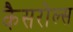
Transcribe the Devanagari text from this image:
कैसरोल्स